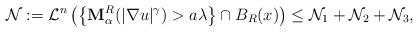
LaTeX: \begin{align*}\mathcal{N} := \mathcal{L}^n \left(\left\{\mathbf{M}_{\alpha}^R(|\nabla u|^{\gamma}) > a\lambda\right\} \cap B_{R}(x)\right) \le \mathcal{N}_1 + \mathcal{N}_2 + \mathcal{N}_3, \end{align*}